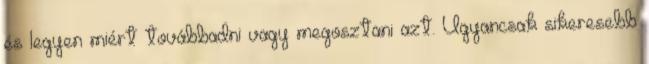
és legyen miért továbbadni vagy megosztani azt. Ugyancsak sikeresebb